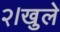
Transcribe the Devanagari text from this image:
२।खुले